Mental hospitals Bombay report 1921-28 - 1921-1928
Year: 1921
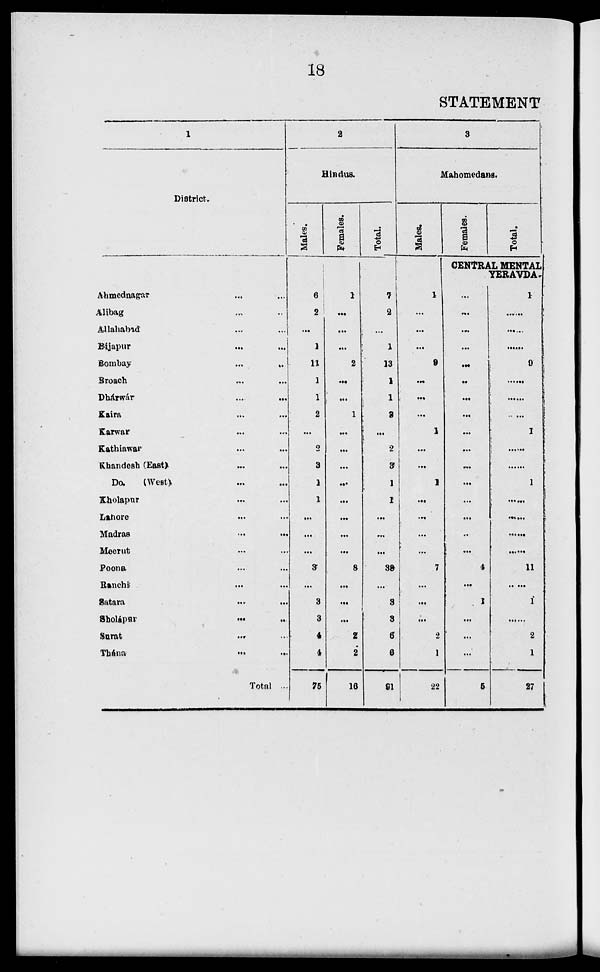
18
STATEMENT
1
District.
Ahmednagar ... ...
Alibag ... ...
Allahabad ... ...
Bijapur ... ...
Bombay
...
...
Broach ... ...
Dhárwár ... ...
Kaira ... ...
Karwar ... ...
Kathiawar ... ...
Khandesh (East) ... ...
Do. (West) ... ...
Kholapur ... ...
Lahore ... ...
Madras ... ...
Meerut ... ...
Poona ... ...
Ranchi ... ...
Satara ... ...
Sholápur
...
...
Surat ... ...
Thána
...
...
Total ...
2
Hindus.
Males.
6
2
...
1
11
1
1
2
...
2
3
1
1
...
...
...
30
...
3
3
4
4
75
Females.
1
...
...
...
2
...
...
1
...
...
...
...
...
...
...
...
8
...
...
...
2
2
16
Total.
7
2
...
1
13
1
1
3
...
2
3
1
1
...
...
...
38
...
3
3
6
6
91
3
Mahomedans.
Males.
1
...
...
...
9
...
...
...
1
...
...
1
...
...
...
...
7
...
...
...
2
1
22
Females.
Total.
CENTRAL MENTAL
YERAVDA.
...
...
...
...
...
...
...
...
...
...
...
...
...
...
...
...
4
...
1
...
...
...
5
1
......
.
.
9
.
.
.
1
......
......
1
......
......
......
11
......
1
......
2
1
27